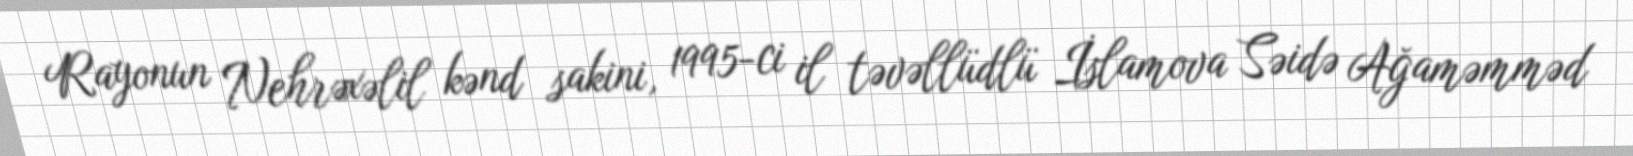
Rayonun Nehrəxəlil kənd sakini, 1995-ci il təvəllüdlü İslamova Səidə Ağaməmməd